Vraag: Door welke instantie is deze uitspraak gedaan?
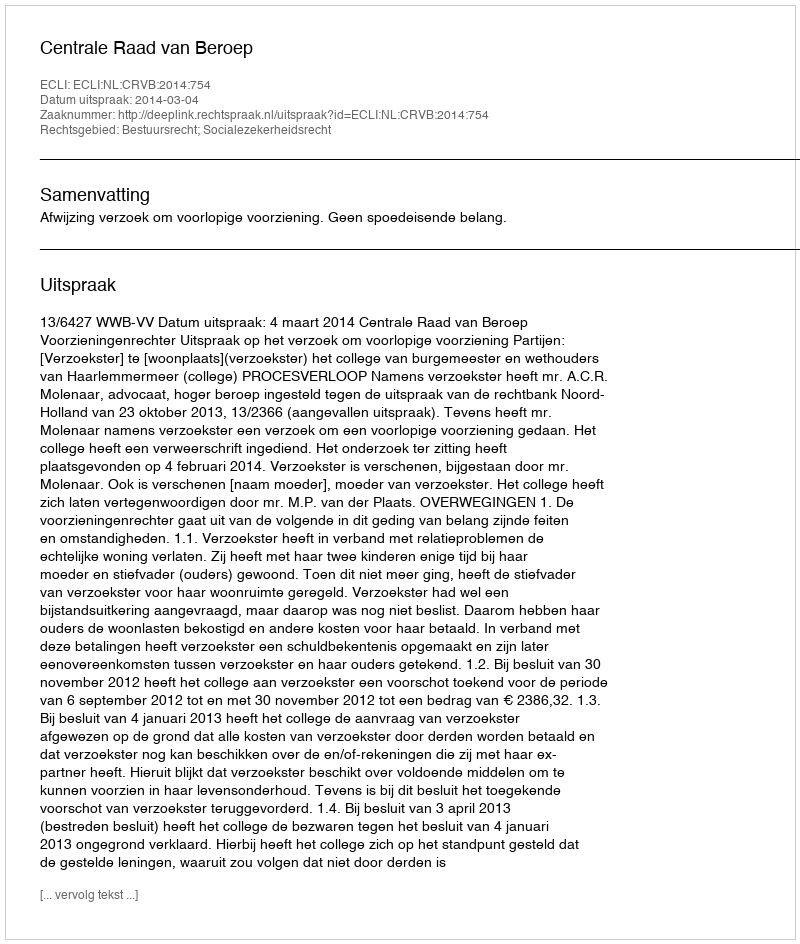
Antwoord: Centrale Raad van Beroep